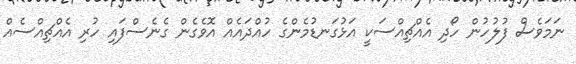
ނަމަވެސް ފުލުހުން ހޯދި އެއްޗިއްސަކީ އަޅުގަނޑުމެންގެ ހުއްދައެއް އޮވެގެން ގެނެސްފައި ހުރި އެއްޗިއްސެއް